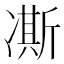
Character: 凘